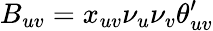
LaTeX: B_{uv}=x_{uv}\nu_{u}\nu_{v}\theta_{uv}^{\prime}